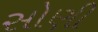
સોણી